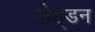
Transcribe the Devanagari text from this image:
सेड्डन